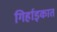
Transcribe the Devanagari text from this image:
गिर्हाइकात